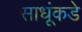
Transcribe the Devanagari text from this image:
साधूंकडे